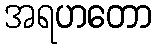
အရဟတော